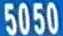
5050